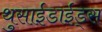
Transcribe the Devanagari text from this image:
थुसाईडाईड्स